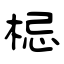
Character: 梞